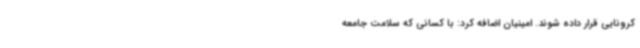
کرونایی قرار داده شوند. امینیان اضافه کرد: با کسانی که سلامت جامعه